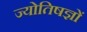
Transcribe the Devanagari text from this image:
ज्योतिषज्ञों